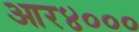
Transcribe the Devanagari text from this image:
आर४०००